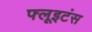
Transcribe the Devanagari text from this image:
फ्लूइटंस